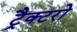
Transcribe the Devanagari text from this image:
ट्रैक्टरो